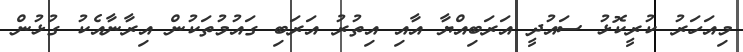
މިއަހަރު ކުރީކޮޅު ސައުދީ އަރަބިއްޔާ އާއި އިތުރު އަރަބި ގައުމުތަކުން އިރާނާއެކު ގުޅުން